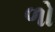
ળો